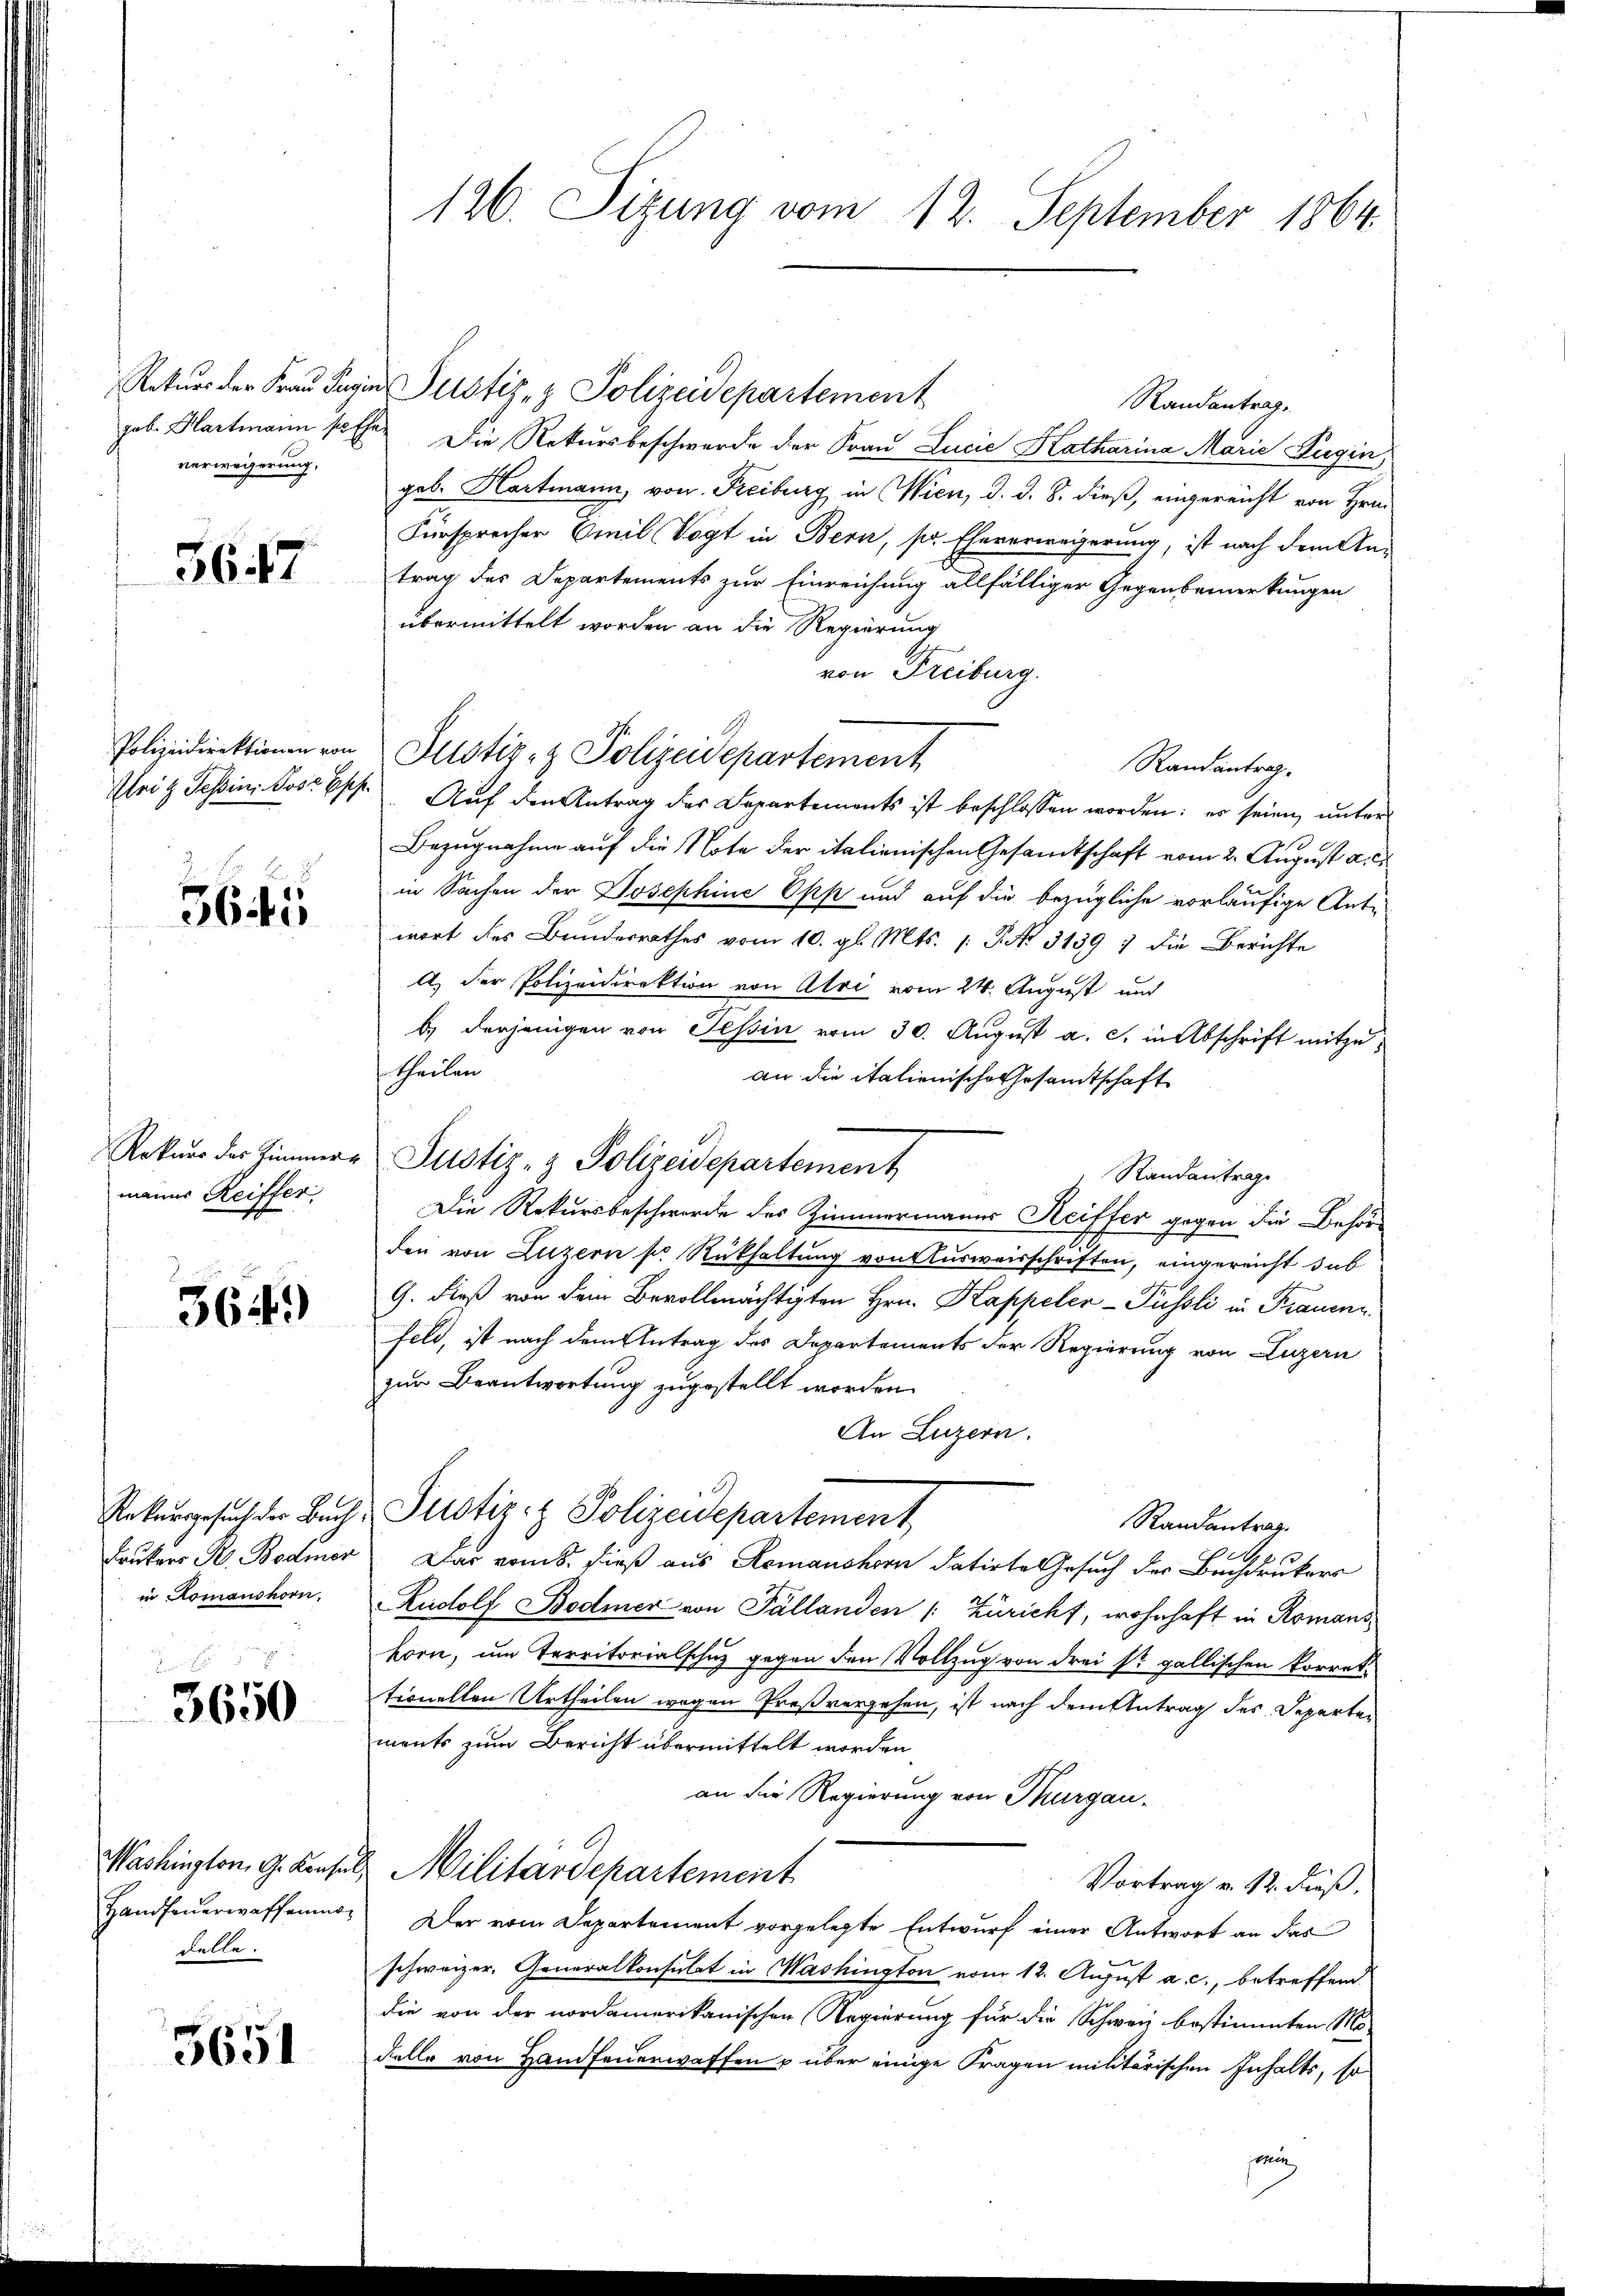
verweigerung,

5647

Klriz Tessini Pose Ep

364:

Rekurs des Zimmer.
manns Reiffer,

3649)

Frukers H. Bodmer
in Komanshorn.

d
3650

Washington G. Konsen
Handfeuerwaffenmadelle.

3651

Raturs der Frau Jugen Justiz- & Polizeidepartement
Randantrag
gob. Hartmann solle. Die Rekursbeschwerde der Frau Lucia Katharina Marie Dugin
geb. Hartmann, von Freiburg in Wien, d. d. 8. dieß, eingereicht von Hrn.
Fürsprecher Omil Vogt in Bern, pr Eheverweigerung, ist nach dem Antrag des Departements zur Einreichung allfälliger Gegenbemerkungen
übermittelt worden an die Regierung
von Freiburg.
Polizeidirektionen von Justiz- & Polizeidepartement
Randantrag.
Auf den Antrag des Departements ist beschlossen worden; er seien unter
Bezugnahme auf die Note der italienischen Gesamtschaft vom 2. August a. c.
in Sachen der Josephine Opp und auf die bezügliche vorläufige Anti-
wort des Bundesrathes vom 10. gl. Mts. /: P. Nr. 31391 die Berichte
A.) Der Polizeidirektion von Alvi vom 24. August und
b) derjenigen von Tessin vom 30. August a. c. in Abschrift mitzutheilen
an die italienische Gesamtschaft
Justiz- & Polizeidepartement
Standantrage
Die Rekursbeschwerde des Zimmermanns Reiffer gegen die Behör-
den von Luzern pr Rückhaltung von Ausweisschriften, eingereicht dab
G. dieß von dem Bevollmächtigten Hrn. Kappeler-Püssli in Frauen
feld, ist nach dem Antrag des Departements der Regierung von Luzern
zur Beantwortung zugestellt worden.
An Luzern.
Rekursgesuch der Buch, Pustiz- & Polizeidepartement
Randantrag.
Das vom 8. dieß aus Romanshorn datirte Gesuch der Buchdrukers
Rudolf Bodmer von Pállanden (: Züricht, wohnhaft in Romans
korn, um Territorialschutz gegen den Vollzug von drei Sr. gallischen Korrettionellen Urtheilen wegen Preßvergehen, ist nach dem Antrag des Departen
ments zum Bericht übermittelt worden,
an die Regierung von Thurgau.
& Militardepartement
Vortrag v. 12. dieß.
Der vom Departement vorgelegte Entwurf einer Antwort an das
schweizer. Generalkonsulat in Washington vom 12. August a. c., betreffend
die von der nordamerikanischen Regierung für die Schweiz bestimmten Mo-
Felle von Handfeuerwaffen u über einige Fragen militärischen Inhalts, so
sei

126. Sitzung vom 12. September 1864.